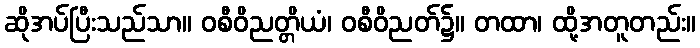
ဆိုအပ်ပြီးသည်သာ။ ဝစီဝိညတ္တိယံ၊ ဝစီဝိညတ်၌။ တထာ၊ ထို့အတူတည်း။